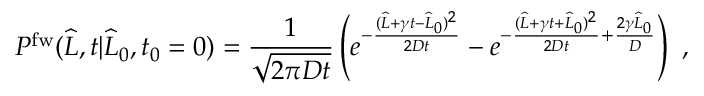
P ^ { \mathrm { f w } } ( \widehat { L } , t | \widehat { L } _ { 0 } , t _ { 0 } = 0 ) = \frac { 1 } { \sqrt { 2 \pi D t } } \left( e ^ { - \frac { ( \widehat { L } + \gamma t - \widehat { L } _ { 0 } ) ^ { 2 } } { 2 D t } } - e ^ { - \frac { ( \widehat { L } + \gamma t + \widehat { L } _ { 0 } ) ^ { 2 } } { 2 D t } + \frac { 2 \gamma \widehat { L } _ { 0 } } { D } } \right) \ ,